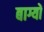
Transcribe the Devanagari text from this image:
बाग्यों